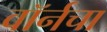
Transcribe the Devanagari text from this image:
वॉर्नचा